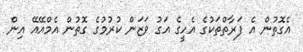
އެގޮތުން އެ ފަރާތްތަކުގެ އެހީގެ އަގު ވަޒަން ކުރުމުގެ ގޮތުން އެމްއޭއޭ އިން